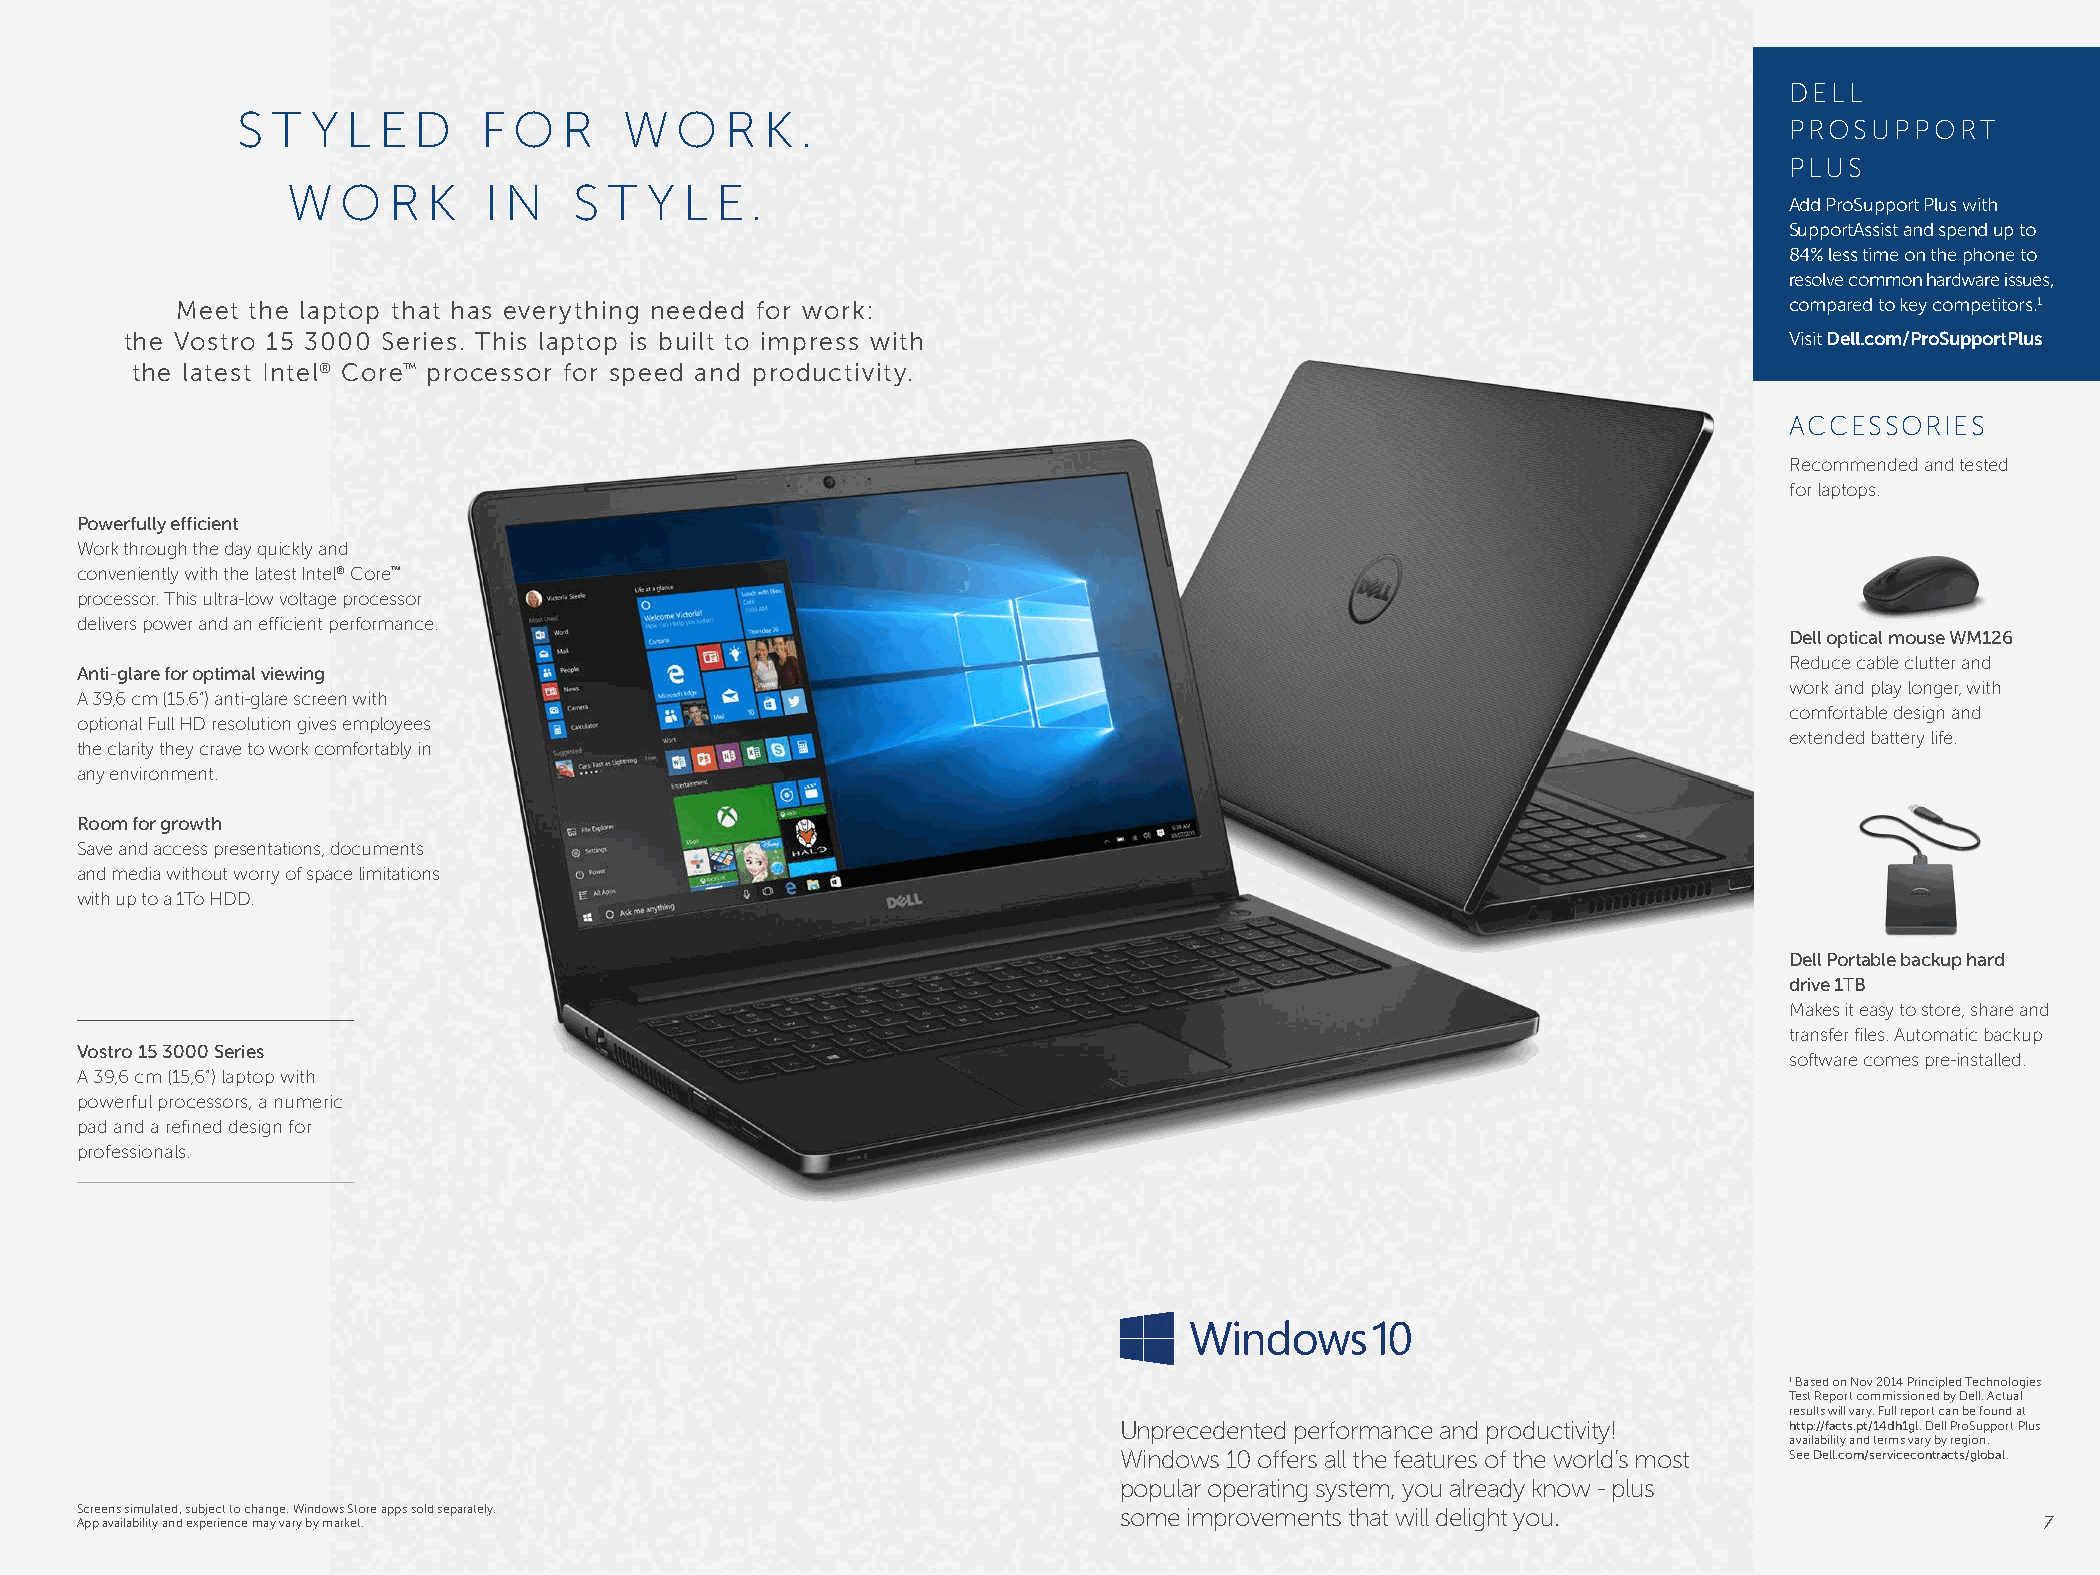
DELL
 S T  Y L E D    F O  R   W   O  R  K .
 PROSUPPORT
 PLUS
 W  O   R K   I N   S T  Y L E  .
 Add ProSupport Plus with
 SupportAssist and spend up to
 84% less time on the phone to
 resolve common hardware issues,
 Meet the laptop that has everything needed for work:                                                      compared to key competitors.1
 the Vostro 15 3000 Series. This laptop is built to impress with                                               Visit Dell.com/ProSupportPlus
 the latest Intel® Core™ processor for speed and productivity.
 ACCESSORIES
 Recommended and tested
 for laptops.
 Powerfully efficient
 Work through the day quickly and
 conveniently with the latest Intel® Core™
 processor. This ultra-low voltage processor
 delivers power and an efficient performance.
 Dell optical mouse WM126
 Reduce cable clutter and
 Anti-glare for optimal viewing
 work and play longer, with
 A 39,6 cm (15.6“) anti-glare screen with
 comfortable design and
 optional Full HD resolution gives employees
 extended battery life.
 the clarity they crave to work comfortably in
 any environment.
 Room for growth
 Save and access presentations, documents
 and media without worry of space limitations
 with up to a 1To HDD.
 Dell Portable backup hard
 drive 1TB
 Makes it easy to store, share and
 transfer files. Automatic backup
 Vostro 15 3000 Series
 software comes pre-installed.
 A 39,6 cm (15,6”) laptop with
 powerful processors, a numeric
 pad and a refined design for
 professionals.
 1 Based on Nov 2014 Principled Technologies
 Test Report commissioned by Dell. Actual
 results will vary. Full report can be found at
 Unprecedented performance and productivity! http://facts.pt/14dh1gl. Dell ProSupport Plus
 availability and terms vary by region.
 Windows 10 offers all the features of the world’s most See Dell.com/servicecontracts/global.
 popular operating system, you already know - plus
 Screens simulated, subject to change. Windows Store apps sold separately. some improvements that will delight you.
 App availability and experience may vary by market.                                                                               7